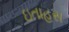
ઇતાહસ